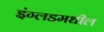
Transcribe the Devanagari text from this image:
इंग्लडमधील